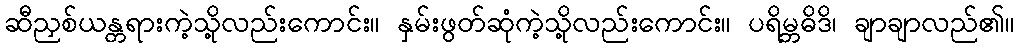
ဆီညှစ်ယန္တရားကဲ့သို့လည်းကောင်း။ နှမ်းဖွတ်ဆုံကဲ့သို့လည်းကောင်း။ ပရိမ္ဘဓိဒိ၊ ချာချာလည်၏။